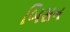
બિસન